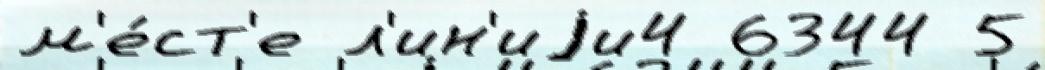
м'е́ст'е л'ин'иjи4 6344 5